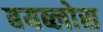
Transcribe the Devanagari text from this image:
बयब्लोस